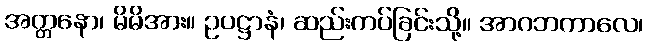
အတ္တနော၊ မိမိအား။ ဥပဋ္ဌာနံ၊ ဆည်းကပ်ခြင်းသို့။ အာဂဘကာလေ၊